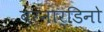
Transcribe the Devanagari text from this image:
बरनार्डिनो